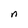
Character: n